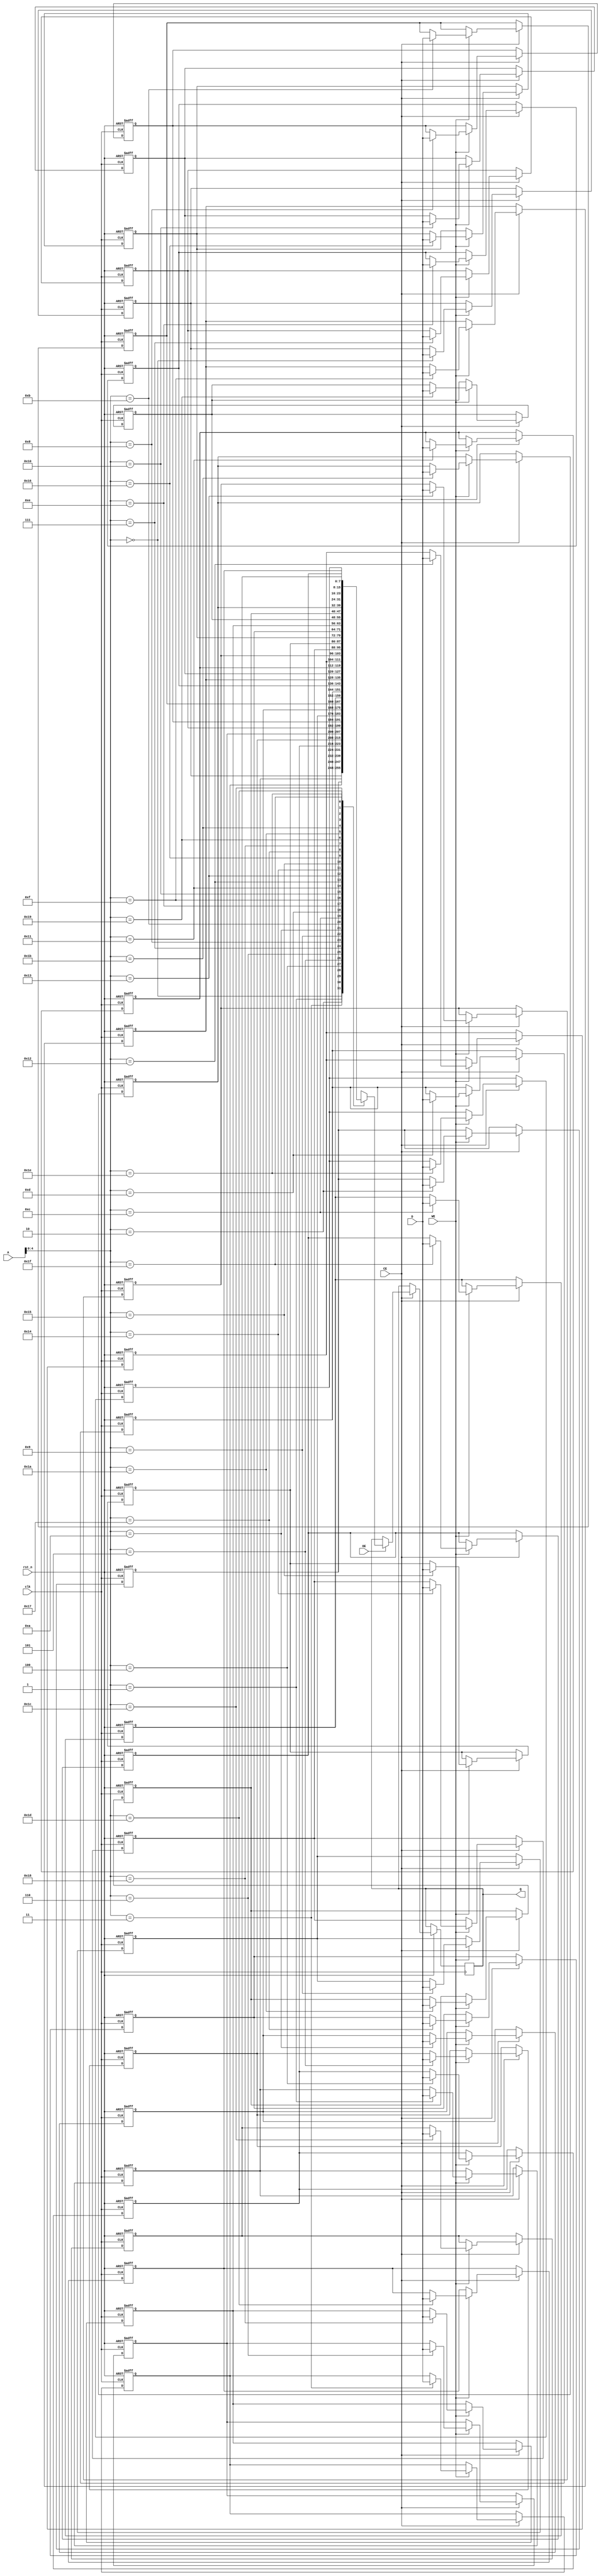
module IO_Blocks_Register_File_SRAM #(
    parameter NUM_REGISTERS = 32,  // Number of registers
    parameter REGISTER_WIDTH = 8    // Width of each register in bits
)(
    input wire clk,                  // Clock signal
    input wire rst_n,                // Active low reset
    input wire CE,                   // Chip Enable
    input wire WE,                   // Write Enable
    input wire OE,                   // Output Enable
    input wire [NUM_REGISTERS-1:0] A, // Address bus (binary encoded)
    input wire [REGISTER_WIDTH-1:0] D, // Data input bus
    output reg [REGISTER_WIDTH-1:0] Q  // Data output bus
);

    // Memory array declaration
    reg [REGISTER_WIDTH-1:0] memory [0:NUM_REGISTERS-1];

    // Initialize memory on reset
    integer i;
    always @(posedge clk or negedge rst_n) begin
        if (!rst_n) begin
            // Initialize all registers to zero
            for (i = 0; i < NUM_REGISTERS; i = i + 1) begin
                memory[i] <= {REGISTER_WIDTH{1'b0}};
            end
        end else if (CE) begin
            if (WE) begin
                // Write data to the selected register
                memory[A] <= D;
            end
            if (OE) begin
                // Read data from the selected register
                Q <= memory[A];
            end
        end
    end

endmodule